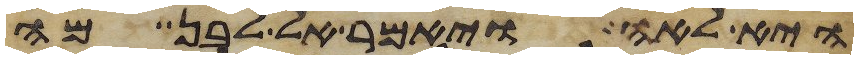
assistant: היא לאה ויאמר אל לבן מה